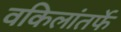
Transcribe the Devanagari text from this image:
वकिलांतर्फे